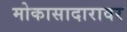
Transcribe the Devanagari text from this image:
मोकासादारावर